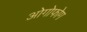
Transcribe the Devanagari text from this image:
ओगोफोग